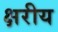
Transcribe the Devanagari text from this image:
क्षरीय